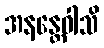
အနန္တေဝါသိ